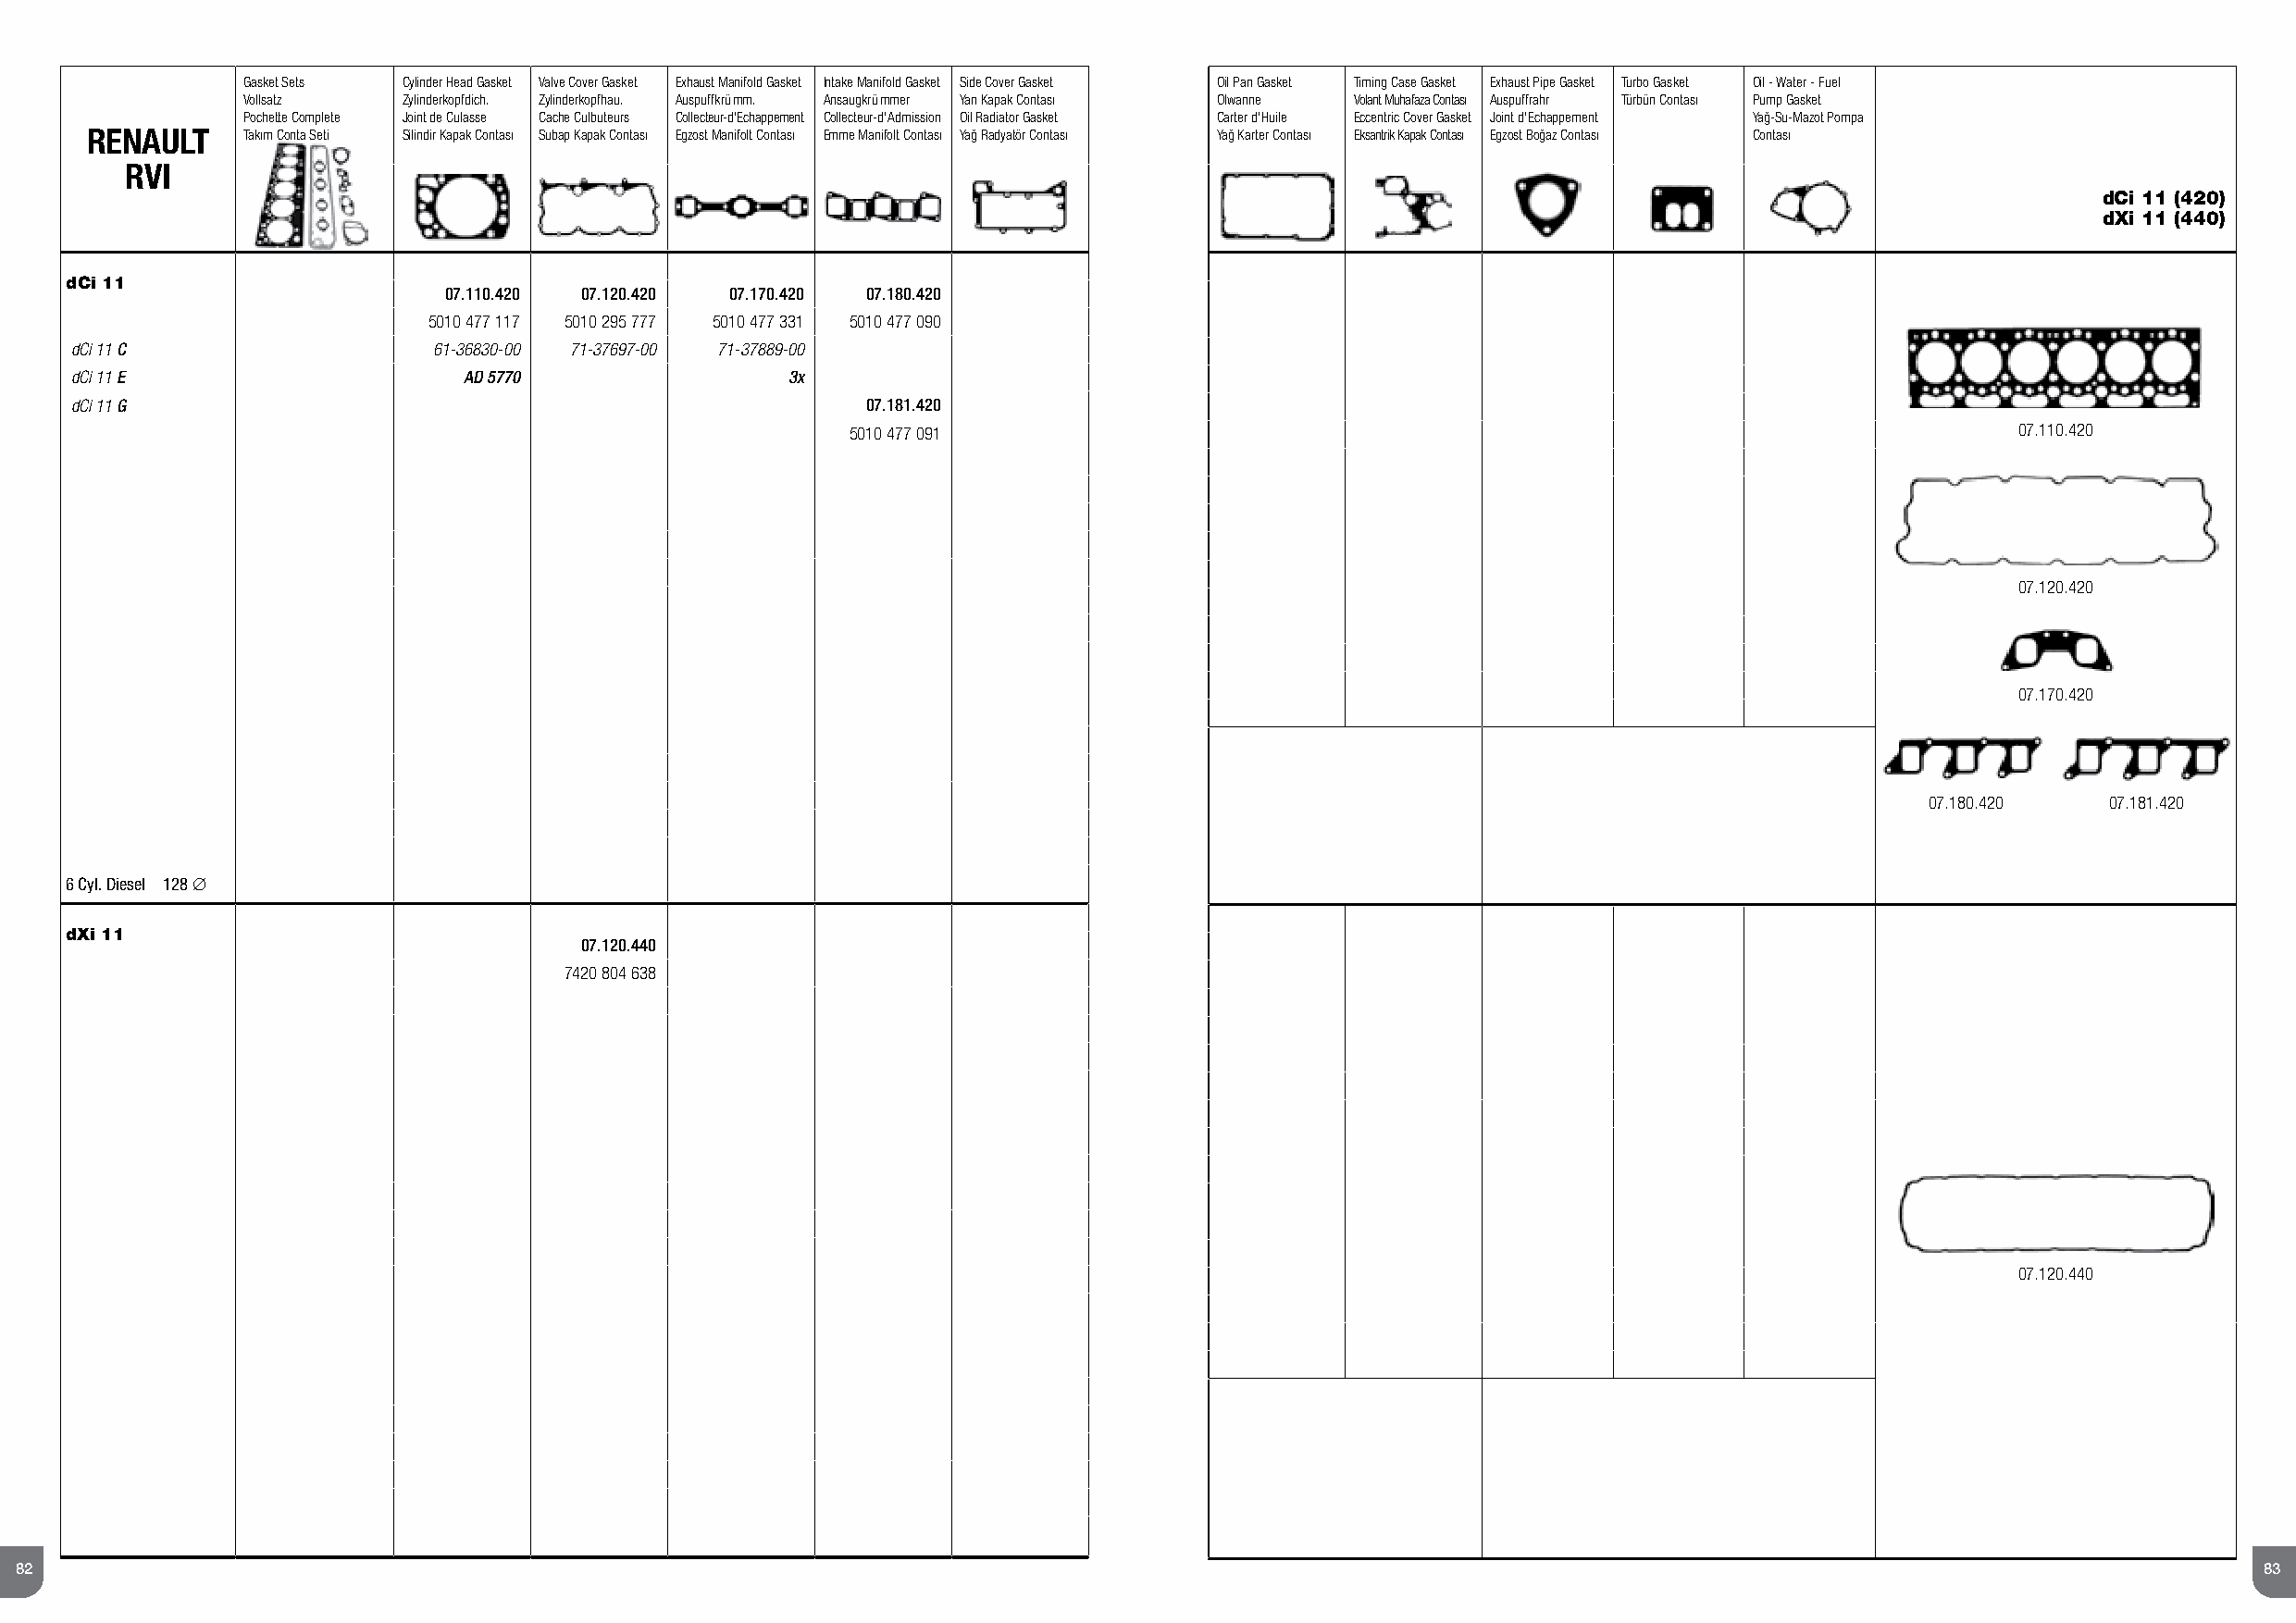
Gasket Sets Cylinder Head Gasket Valve Cover Gasket Exhaust Manifold Gasket Intake Manifold Gasket Side Cover Gasket Oil Pan Gasket Timing Case Gasket Exhaust Pipe Gasket Turbo Gasket Oil - Water - Fuel
 Vollsatz    Zylinderkopfdich. Zylinderkopfhau. Auspuffkrü mm. Ansaugkrü mmer Yan Kapak Contası Olwanne Volant Muhafaza Contası Auspuffrahr Türbün Contası Pump Gasket
 Pochette Complete Joint de Culasse Cache Culbuteurs Collecteur-d’Echappement Collecteur-d’Admission Oil Radiator Gasket Carter d'Huile Eccentric Cover Gasket Joint d'Echappement Yağ-Su-Mazot Pompa
 RENAULT    Takım Conta Seti Silindir Kapak Contası Subap Kapak Contası Egzost Manifolt Contası Emme Manifolt Contası Yağ Radyatör Contası Yağ Karter Contası Eksantrik Kapak Contası Egzost Boğaz Contası Contası
 RVI
 dCi 11 (420)
 dXi 11 (440)
 dCi 11
 07.110.420 07.120.420 07.170.420 07.180.420
 5010 477 117 5010 295 777 5010 477 331 5010 477 090
 dCi 11 C                  61-36830-00 71-37697-00 71-37889-00
 dCi 11 E                    AD 5770                3x
 dCi 11 G                                                 07.181.420
 5010 477 091                                                                       07.110.420
 07.120.420
 07.170.420
 07.180.420   07.181.420
 6 Cyl. Diesel 128 ∅
 dXi 11
 07.120.440
 7420 804 638
 07.120.440
 82                                                                                                                                                               83